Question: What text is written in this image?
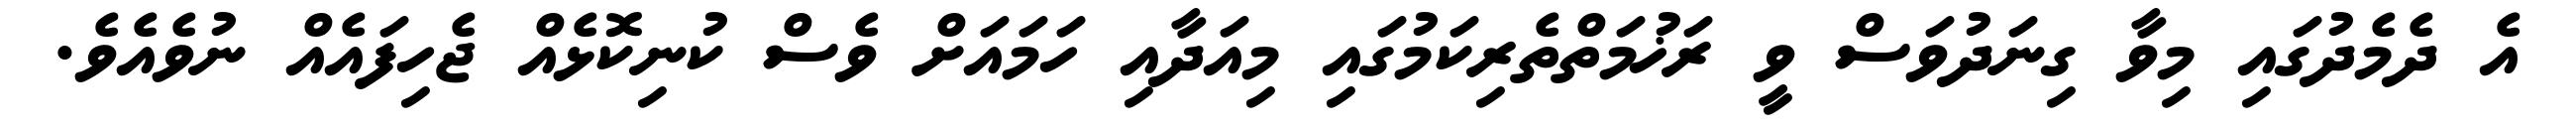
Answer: އެ ދެމެދުގައި މިވާ ގިނަދުވަސް ވީ ރަޚުމަތްތެރިކަމުގައި މިއަދާއި ހަމައަށް ވެސް ކުނިކޮޅެއް ޖެހިފައެއް ނުވެއެވެ.